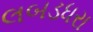
લબડધરા